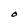
Character: O